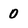
Character: 0